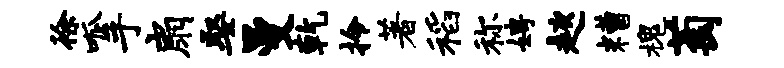
徐呱手扇娶曼乾拎著稻称娉趑糟槐萄